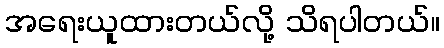
အရေးယူထားတယ်လို့ သိရပါတယ်။